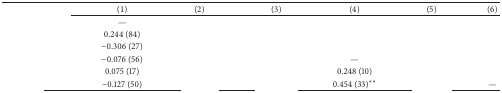
<table><thead><tr><td>[EMPTY_CELL]</td><td><b>(1)</b></td><td><b>(2)</b></td><td><b>(3)</b></td><td><b>(4)</b></td><td><b>(5)</b></td><td><b>(6)</b></td></tr></thead><tbody><tr><td>[EMPTY_CELL]</td><td>—</td><td>[EMPTY_CELL]</td><td>[EMPTY_CELL]</td><td>[EMPTY_CELL]</td><td>[EMPTY_CELL]</td><td>[EMPTY_CELL]</td></tr><tr><td>[EMPTY_CELL]</td><td>0.244 (84)</td><td>[EMPTY_CELL]</td><td>[EMPTY_CELL]</td><td>[EMPTY_CELL]</td><td>[EMPTY_CELL]</td><td>[EMPTY_CELL]</td></tr><tr><td>[EMPTY_CELL]</td><td>−0.306 (27)</td><td>[EMPTY_CELL]</td><td>[EMPTY_CELL]</td><td>[EMPTY_CELL]</td><td>[EMPTY_CELL]</td><td>[EMPTY_CELL]</td></tr><tr><td>[EMPTY_CELL]</td><td>−0.076 (56)</td><td>[EMPTY_CELL]</td><td>[EMPTY_CELL]</td><td>—</td><td>[EMPTY_CELL]</td><td>[EMPTY_CELL]</td></tr><tr><td>[EMPTY_CELL]</td><td>0.075 (17)</td><td>[EMPTY_CELL]</td><td>[EMPTY_CELL]</td><td>0.248 (10)</td><td>[EMPTY_CELL]</td><td>[EMPTY_CELL]</td></tr><tr><td>[EMPTY_CELL]</td><td>−0.127 (50)</td><td>[EMPTY_CELL]</td><td>[EMPTY_CELL]</td><td>0.454 (33)<sup><i>∗∗</i></sup></td><td>[EMPTY_CELL]</td><td>—</td></tr></tbody></table>